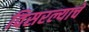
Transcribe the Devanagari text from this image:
विसरल्याचे